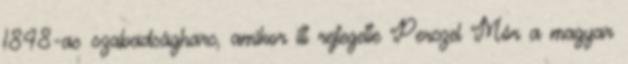
1848-as szabadságharc, amikor itt rejtegette Perczel Mór a magyar